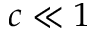
c \ll 1